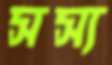
সস্য